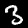
Label: 3